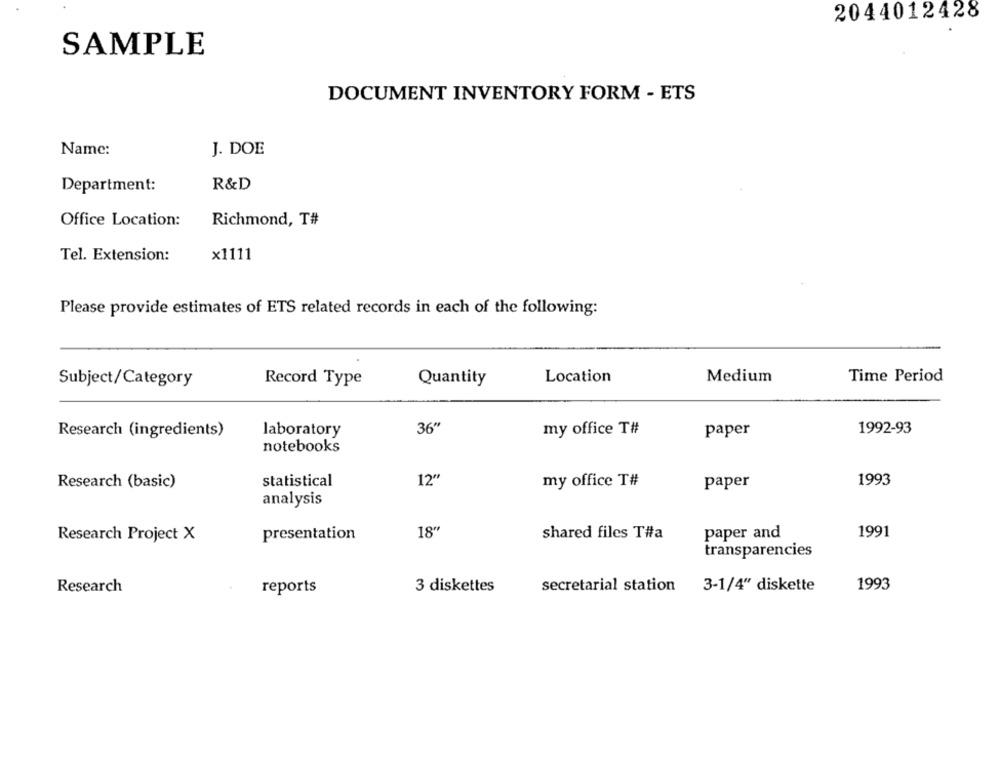
2044012428
SAMPLE
DOCUMENT INVENTORY FORM - ETS
Name:
J. DOE
Department:
R&D
Office Location:
Richmond, T#
Tel. Extension:
x1111
Please provide estimates of ETS related records in each of the following:
Record Type
Quantity
Location
Medium
Time Period
Subject/Category
Research (ingredients)
laboratory
36"
my office T#
paper
1992-93
notebooks
Research (basic)
statistical
12"
my office T#
paper
1993
analysis
18"
1991
Research Project X
presentation
shared files T#a
paper and
transparencies
secretarial station 3-1/4" diskette
1993
Research
reports
3 diskettes